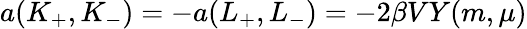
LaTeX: a(K_{+},K_{-})=-a(L_{+},L_{-})=-2\beta VY(m,\mu)